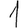
Digit: 1